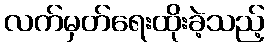
လက်မှတ်ရေးထိုးခဲ့သည့်